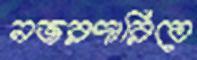
নজরদারিতে